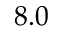
8 . 0